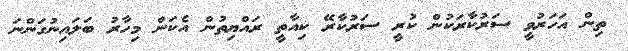
ތިން އަހަރުވީ ސަރުކާރަކުން ކުރީ ސަރުކާރޭ ކިއާތީ ރައްޔިތުން އެކަން މިހާރު ބަލައިނުގަންނަ